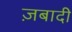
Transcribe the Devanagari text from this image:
ज़बादी